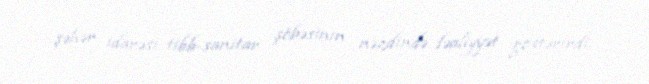
şəhər idarəsi tibb-sanitar şöbəsinin nəzdində fəaliyyət göstərirdi.